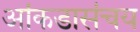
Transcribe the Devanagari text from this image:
आंकडासंचय